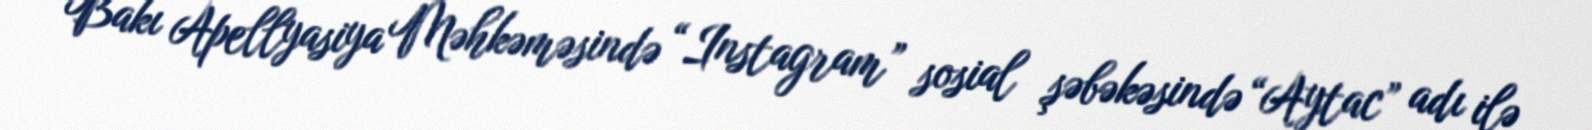
Bakı Apellyasiya Məhkəməsində “Instagram” sosial şəbəkəsində “Aytac” adı ilə